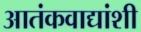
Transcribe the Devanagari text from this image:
आतंकवाद्यांशी